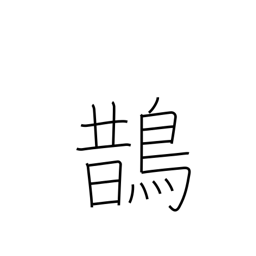
Meaning: magpie